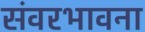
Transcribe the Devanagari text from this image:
संवरभावना